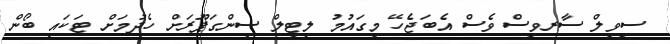
ސިވިލް ސާރވިސް ވެސް އެބަޖެހޭ މިގައުމު ލިޓިލް ސިންގަޕޫރަށް ހެދުމަށް ޓަކައި ބޯން